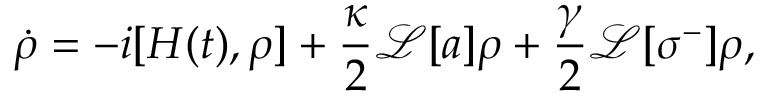
\dot { \rho } = - i [ H ( t ) , \rho ] + \frac { \kappa } { 2 } \mathcal { L } [ a ] \rho + \frac { \gamma } { 2 } \mathcal { L } [ \sigma ^ { - } ] \rho ,